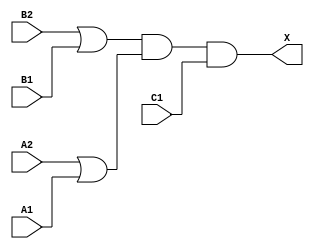
module sky130_fd_sc_hd__o221a_1 (
    X ,
    A1,
    A2,
    B1,
    B2,
    C1
);
    output X ;
    input  A1;
    input  A2;
    input  B1;
    input  B2;
    input  C1;
    wire or0_out   ;
    wire or1_out   ;
    wire and0_out_X;
    or  or0  (or0_out   , B2, B1              );
    or  or1  (or1_out   , A2, A1              );
    and and0 (and0_out_X, or0_out, or1_out, C1);
    buf buf0 (X         , and0_out_X          );
endmodule